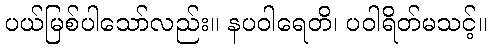
ပယ်မြစ်ပါသော်လည်း။ နပဝါရေတိ၊ ပဝါရိတ်မသင့်။